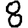
Digit: 8